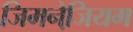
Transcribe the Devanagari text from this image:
जिमनेजि़यम